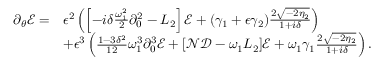
\begin{array} { r l } { \partial _ { \theta } \mathcal { E } = } & { \epsilon ^ { 2 } \left( \left[ - i \delta \frac { \omega _ { 1 } ^ { 2 } } { 2 } \partial _ { 0 } ^ { 2 } - L _ { 2 } \right] \mathcal { E } + ( \gamma _ { 1 } + \epsilon \gamma _ { 2 } ) \frac { 2 \sqrt { - 2 \eta _ { 2 } } } { 1 + i \delta } \right) } \\ & { + \epsilon ^ { 3 } \left( \frac { 1 - 3 \delta ^ { 2 } } { 1 2 } \omega _ { 1 } ^ { 3 } \partial _ { 0 } ^ { 3 } \mathcal { E } + [ \mathcal { N } \mathcal { D } - \omega _ { 1 } L _ { 2 } ] \mathcal { E } + \omega _ { 1 } \gamma _ { 1 } \frac { 2 \sqrt { - 2 \eta _ { 2 } } } { 1 + i \delta } \right) . } \end{array}